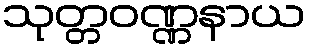
သုတ္တဝဏ္ဏနာယ